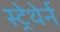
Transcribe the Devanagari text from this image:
स्ट्रेथेर्न